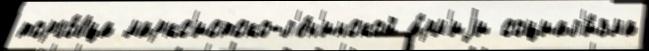
торго́вца маркс'истско-л'е́н'инской а́рм'иjи социал'и́зма